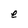
Character: e